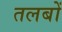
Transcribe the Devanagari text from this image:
तलबों